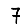
Digit: 7